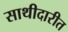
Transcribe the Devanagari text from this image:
साथीदारीत